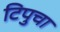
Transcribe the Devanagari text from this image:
टिपुचा